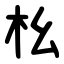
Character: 㭃